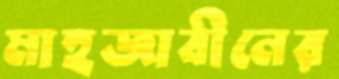
মাহজাবীনের